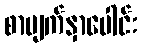
စာမျက်နှာပေါင်း